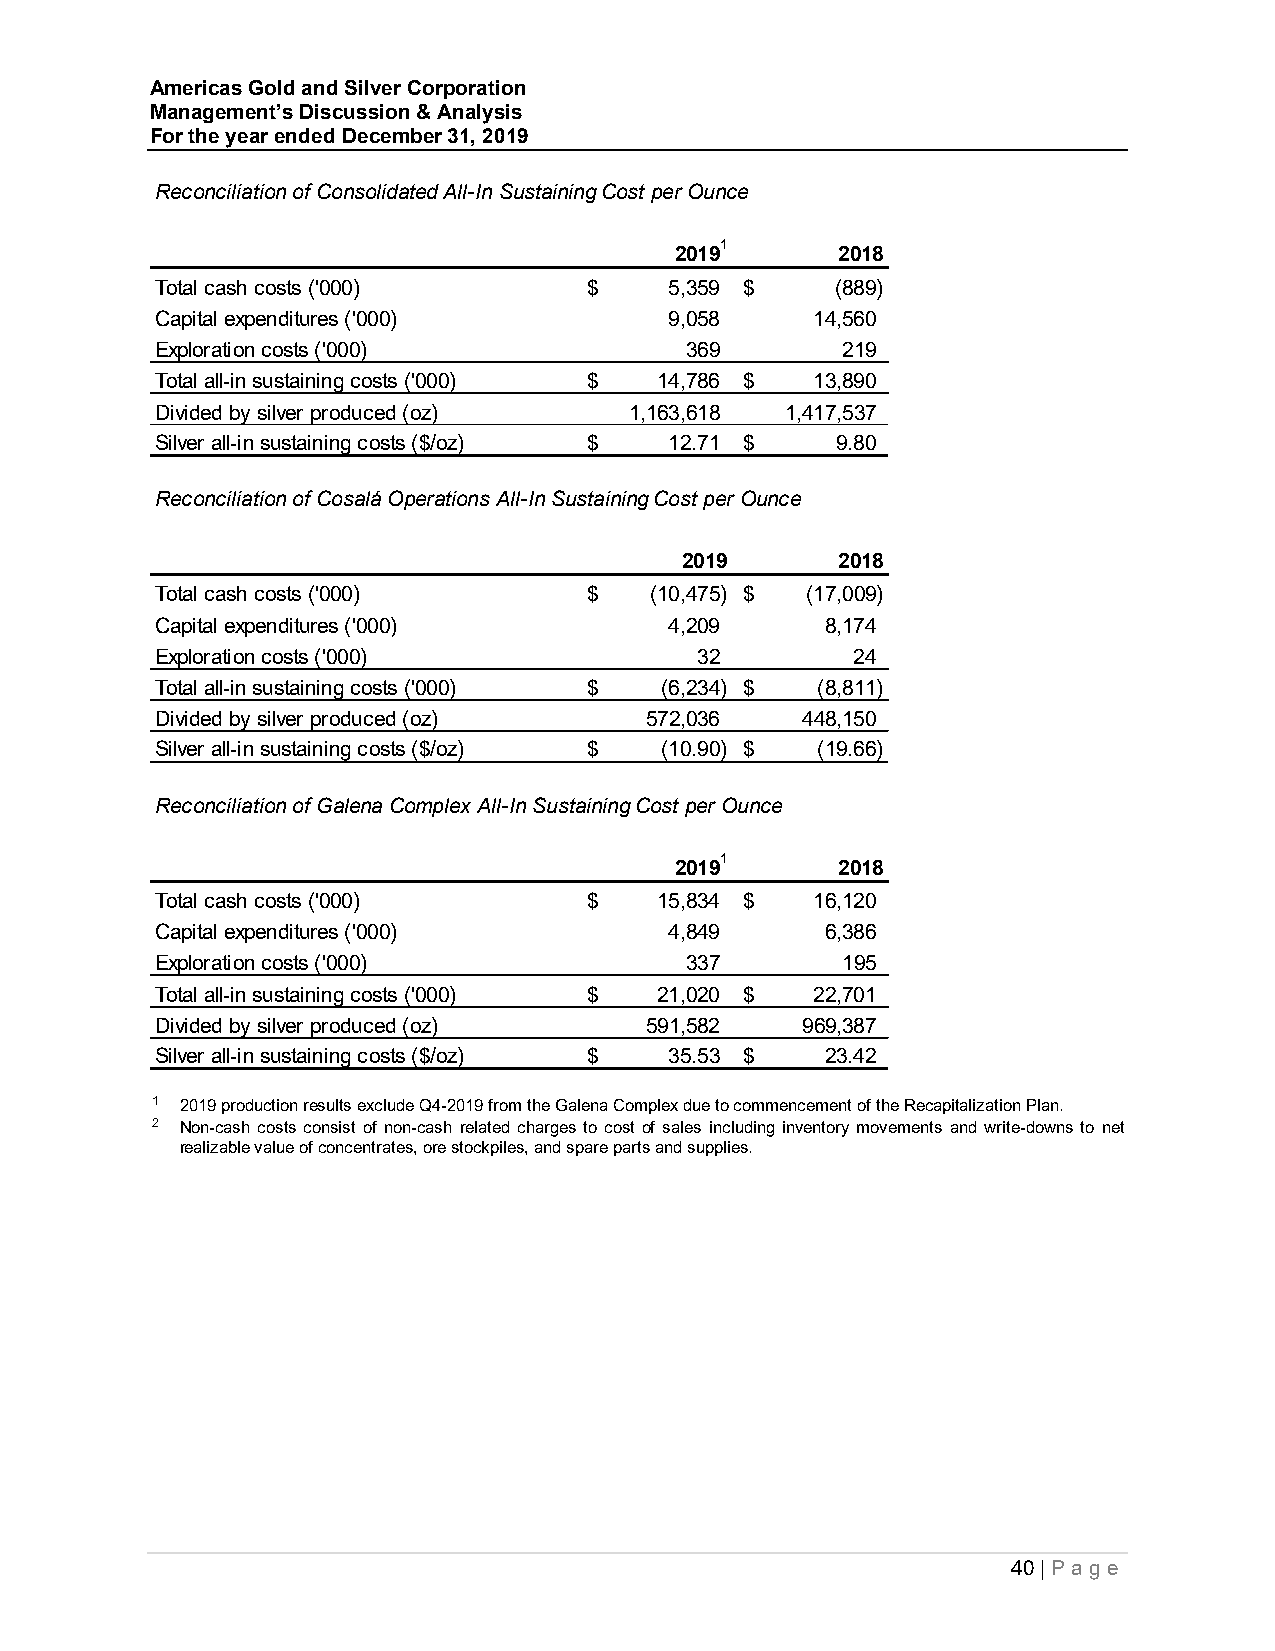
Americas Gold and Silver Corporation
 Management’s Discussion & Analysis
 For the year ended December 31, 2019
 Reconciliation of Consolidated All-In Sustaining Cost per Ounce
 20191      2018
 Total cash costs ('000)      $    5,359 $    (889)
 Capital expenditures ('000)       9 ,058    14,560
 Exploration costs ('000)           369        219
 Total all-in sustaining costs ('000) $ 14,786 $ 13,890
 Divided by silver produced (oz) 1,163,618 1,417,537
 Silver all-in sustaining costs ($/oz) $ 12.71 $ 9.80
 Reconciliation of Cosalá Operations All-In Sustaining Cost per Ounce
 2019       2018
 Total cash costs ('000)      $   (10,475) $ (17,009)
 Capital expenditures ('000)       4 ,209     8 ,174
 Exploration costs ('000)            32         24
 Total all-in sustaining costs ('000) $ ( 6,234) $ ( 8,811)
 Divided by silver produced (oz)  572,036   448,150
 Silver all-in sustaining costs ($/oz) $ (10.90) $ (19.66)
 Reconciliation of Galena Complex All-In Sustaining Cost per Ounce
 20191      2018
 Total cash costs ('000)      $    15,834 $  16,120
 Capital expenditures ('000)       4 ,849     6 ,386
 Exploration costs ('000)           337        195
 Total all-in sustaining costs ('000) $ 21,020 $ 22,701
 Divided by silver produced (oz)  591,582   969,387
 Silver all-in sustaining costs ($/oz) $ 35.53 $ 23.42
 1 2019 production results exclude Q4-2019 from the Galena Complex due to commencement of the Recapitalization Plan.
 2 Non-cash costs consist of non-cash related charges to cost of sales including inventory movements and write-downs to net
 realizable value of concentrates, ore stockpiles, and spare parts and supplies.
 40 | P ag e